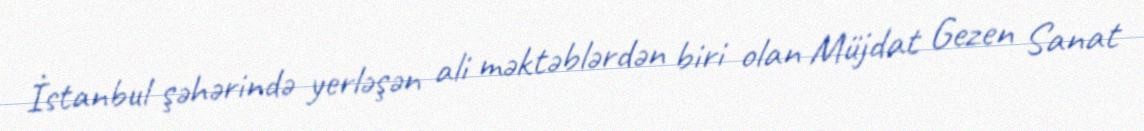
İstanbul şəhərində yerləşən ali məktəblərdən biri olan Müjdat Gezen Sanat